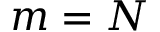
m = N